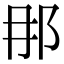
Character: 𨙻